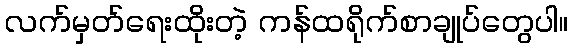
လက်မှတ်ရေးထိုးတဲ့ ကန်ထရိုက်စာချုပ်တွေပါ။